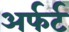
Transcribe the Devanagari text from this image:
अर्फर्ट